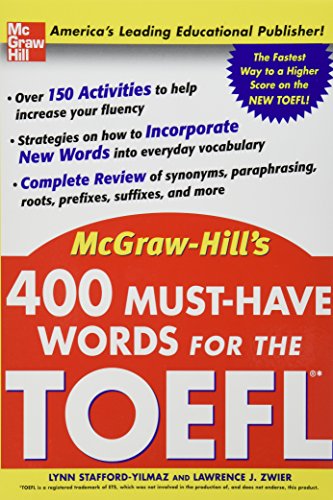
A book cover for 400 Must-Have Words for the TOEFL; Lynn Stafford-Yilmaz; Test Preparation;